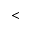
<